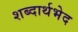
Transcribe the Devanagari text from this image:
शब्दार्थभेद